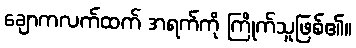
ချောကလက်ထက် အရက်ကို ကြိုက်သူဖြစ်၏။